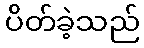
ပိတ်ခဲ့သည်